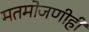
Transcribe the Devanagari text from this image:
मतमोजणीही